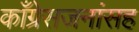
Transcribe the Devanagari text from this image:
काँग्रेसजनांसह